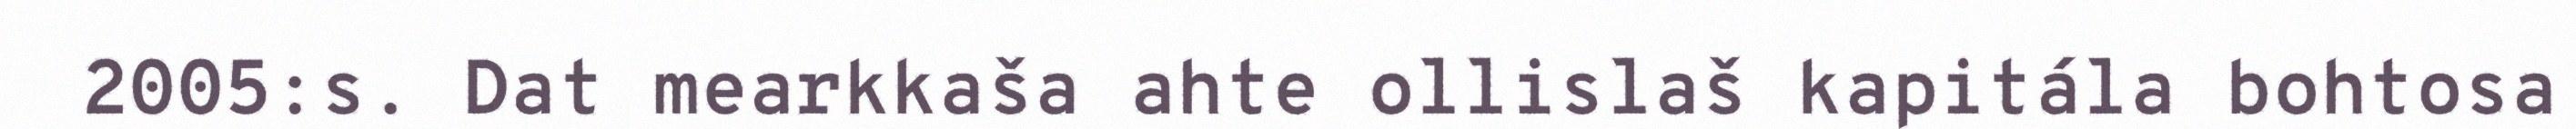
2005:s. Dat mearkkaša ahte ollislaš kapitála bohtosa